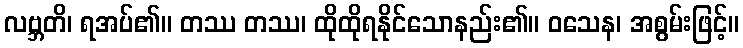
လဗ္ဘတိ၊ ရအပ်၏။ တဿ တဿ၊ ထိုထိုရနိုင်သောနည်း၏။ ဝသေန၊ အစွမ်းဖြင့်။